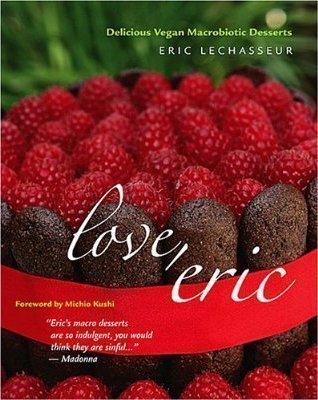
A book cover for Love, Eric: Delicious Vegan Macrobiotic Desserts; Eric Lechasseur; Health, Fitness & Dieting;